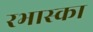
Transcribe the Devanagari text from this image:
रभास्‍का